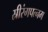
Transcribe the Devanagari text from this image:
स्रीरंगपत्नम